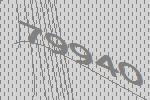
79940